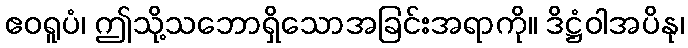
ဧဝရူပံ၊ ဤသို့သဘောရှိသောအခြင်းအရာကို။ ဒိဋ္ဌံဝါအပိနု၊